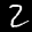
Label: 2